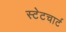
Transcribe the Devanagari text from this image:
स्टेटचार्ट